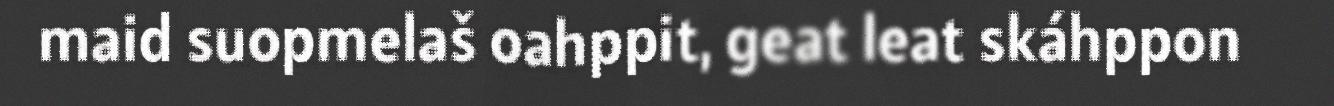
maid suopmelaš oahppit, geat leat skáhppon